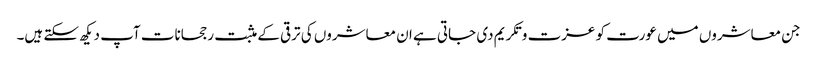
جن معاشروں میں عورت کو عزت و تکریم دی جاتی ہے ان معاشروں کی ترقی کے مثبت رجحانات آپ دیکھ سکتے ہیں۔